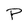
Character: P